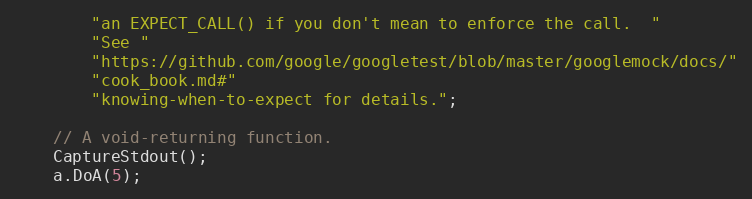
Language: C++
        "an EXPECT_CALL() if you don't mean to enforce the call.  "
        "See "
        "https://github.com/google/googletest/blob/master/googlemock/docs/"
        "cook_book.md#"
        "knowing-when-to-expect for details.";

    // A void-returning function.
    CaptureStdout();
    a.DoA(5);